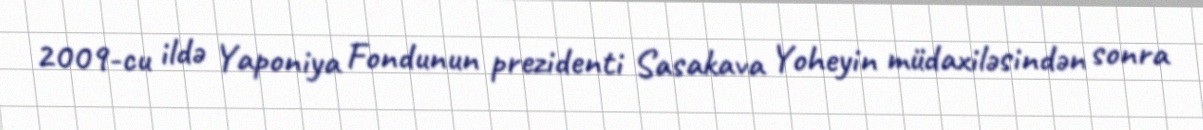
2009-cu ildə Yaponiya Fondunun prezidenti Sasakava Yoheyin müdaxiləsindən sonra